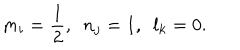
m _ { i } = \frac { 1 } { 2 } , \, \, \, n _ { j } = 1 , \, \, \, l _ { k } = 0 .